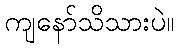
ကျနော်သိသားပဲ။